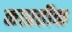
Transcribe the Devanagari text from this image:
काप्रतीक